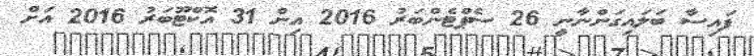
ފައިސާ ބަލައިގަންނާނީ 26 ސެޕްޓެންބަރު 2016 އިން 31 އޮކްޓޫބަރު 2016 އަށް